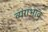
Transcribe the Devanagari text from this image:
व्यंगभाव